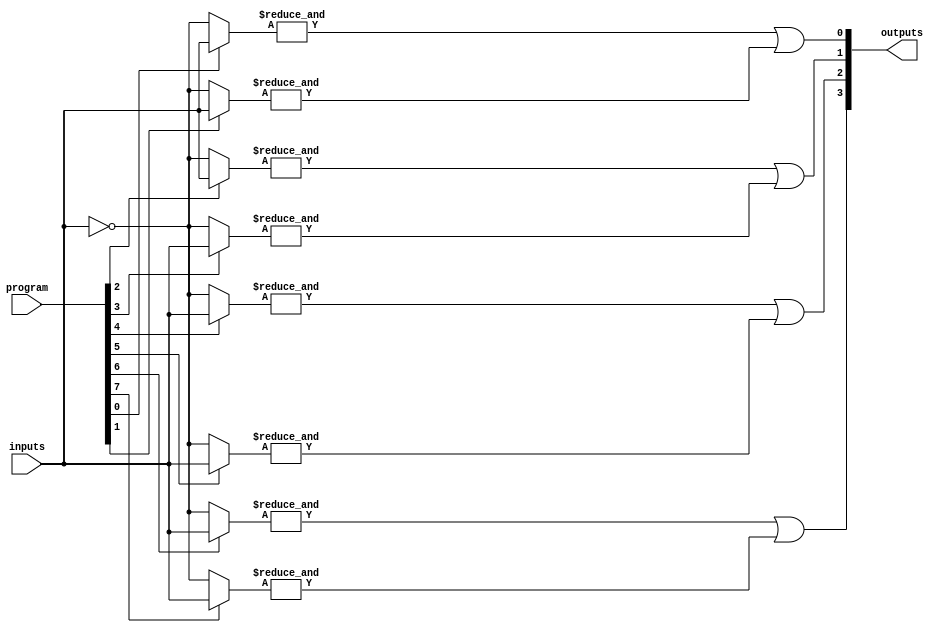
module jewel_pal (
    input wire [N-1:0] inputs,       // N input signals
    input wire [M-1:0] program,      // Programming signals (fuse settings)
    output wire [P-1:0] outputs       // P output signals
);

// Parameter Definitions
parameter N = 8; // Number of inputs
parameter M = 16; // Number of AND gates
parameter P = 4; // Number of outputs

// Internal wires for AND gate outputs
wire [M-1:0] and_outputs;

// Programmable AND Array
genvar i, j;
generate
    for (i = 0; i < M; i = i + 1) begin : and_array
        wire [N-1:0] and_inputs;
        assign and_inputs = program[i] ? inputs : ~inputs; // Select inverse or direct input based on programming
        
        // AND gate implementation
        assign and_outputs[i] = &and_inputs; // Logical AND of the selected inputs
    end
endgenerate

// Fixed OR Array
assign outputs[0] = and_outputs[0] | and_outputs[1]; // Example OR connections
assign outputs[1] = and_outputs[2] | and_outputs[3]; // More OR connections
assign outputs[2] = and_outputs[4] | and_outputs[5]; // Continue as needed
assign outputs[3] = and_outputs[6] | and_outputs[7]; // Continue as needed

// Additional OR gates can be added as per design requirements

endmodule